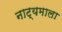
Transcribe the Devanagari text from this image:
नाट्यमाला